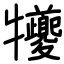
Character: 犪